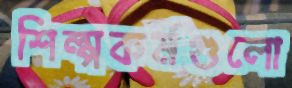
শিল্পকর্মগুলো